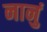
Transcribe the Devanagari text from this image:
नानुं